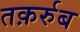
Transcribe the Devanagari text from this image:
तक़र्रुब